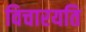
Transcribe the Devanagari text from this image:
विचारयति